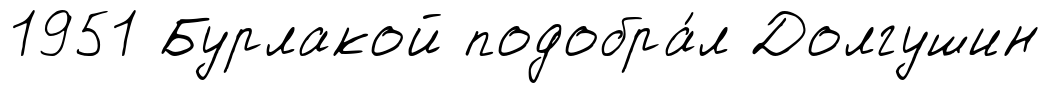
1951 Бурлакой подобра́л Долгушин